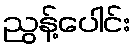
ညွန့်ပေါင်း